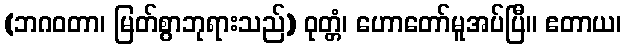
(ဘဂဝတာ၊ မြတ်စွာဘုရားသည်) ဝုတ္တံ၊ ဟောတော်မူအပ်ပြီ။ ဧတာယ၊